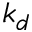
k _ { d }